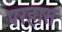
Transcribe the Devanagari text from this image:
परहास